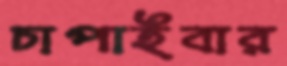
চাপাইবার